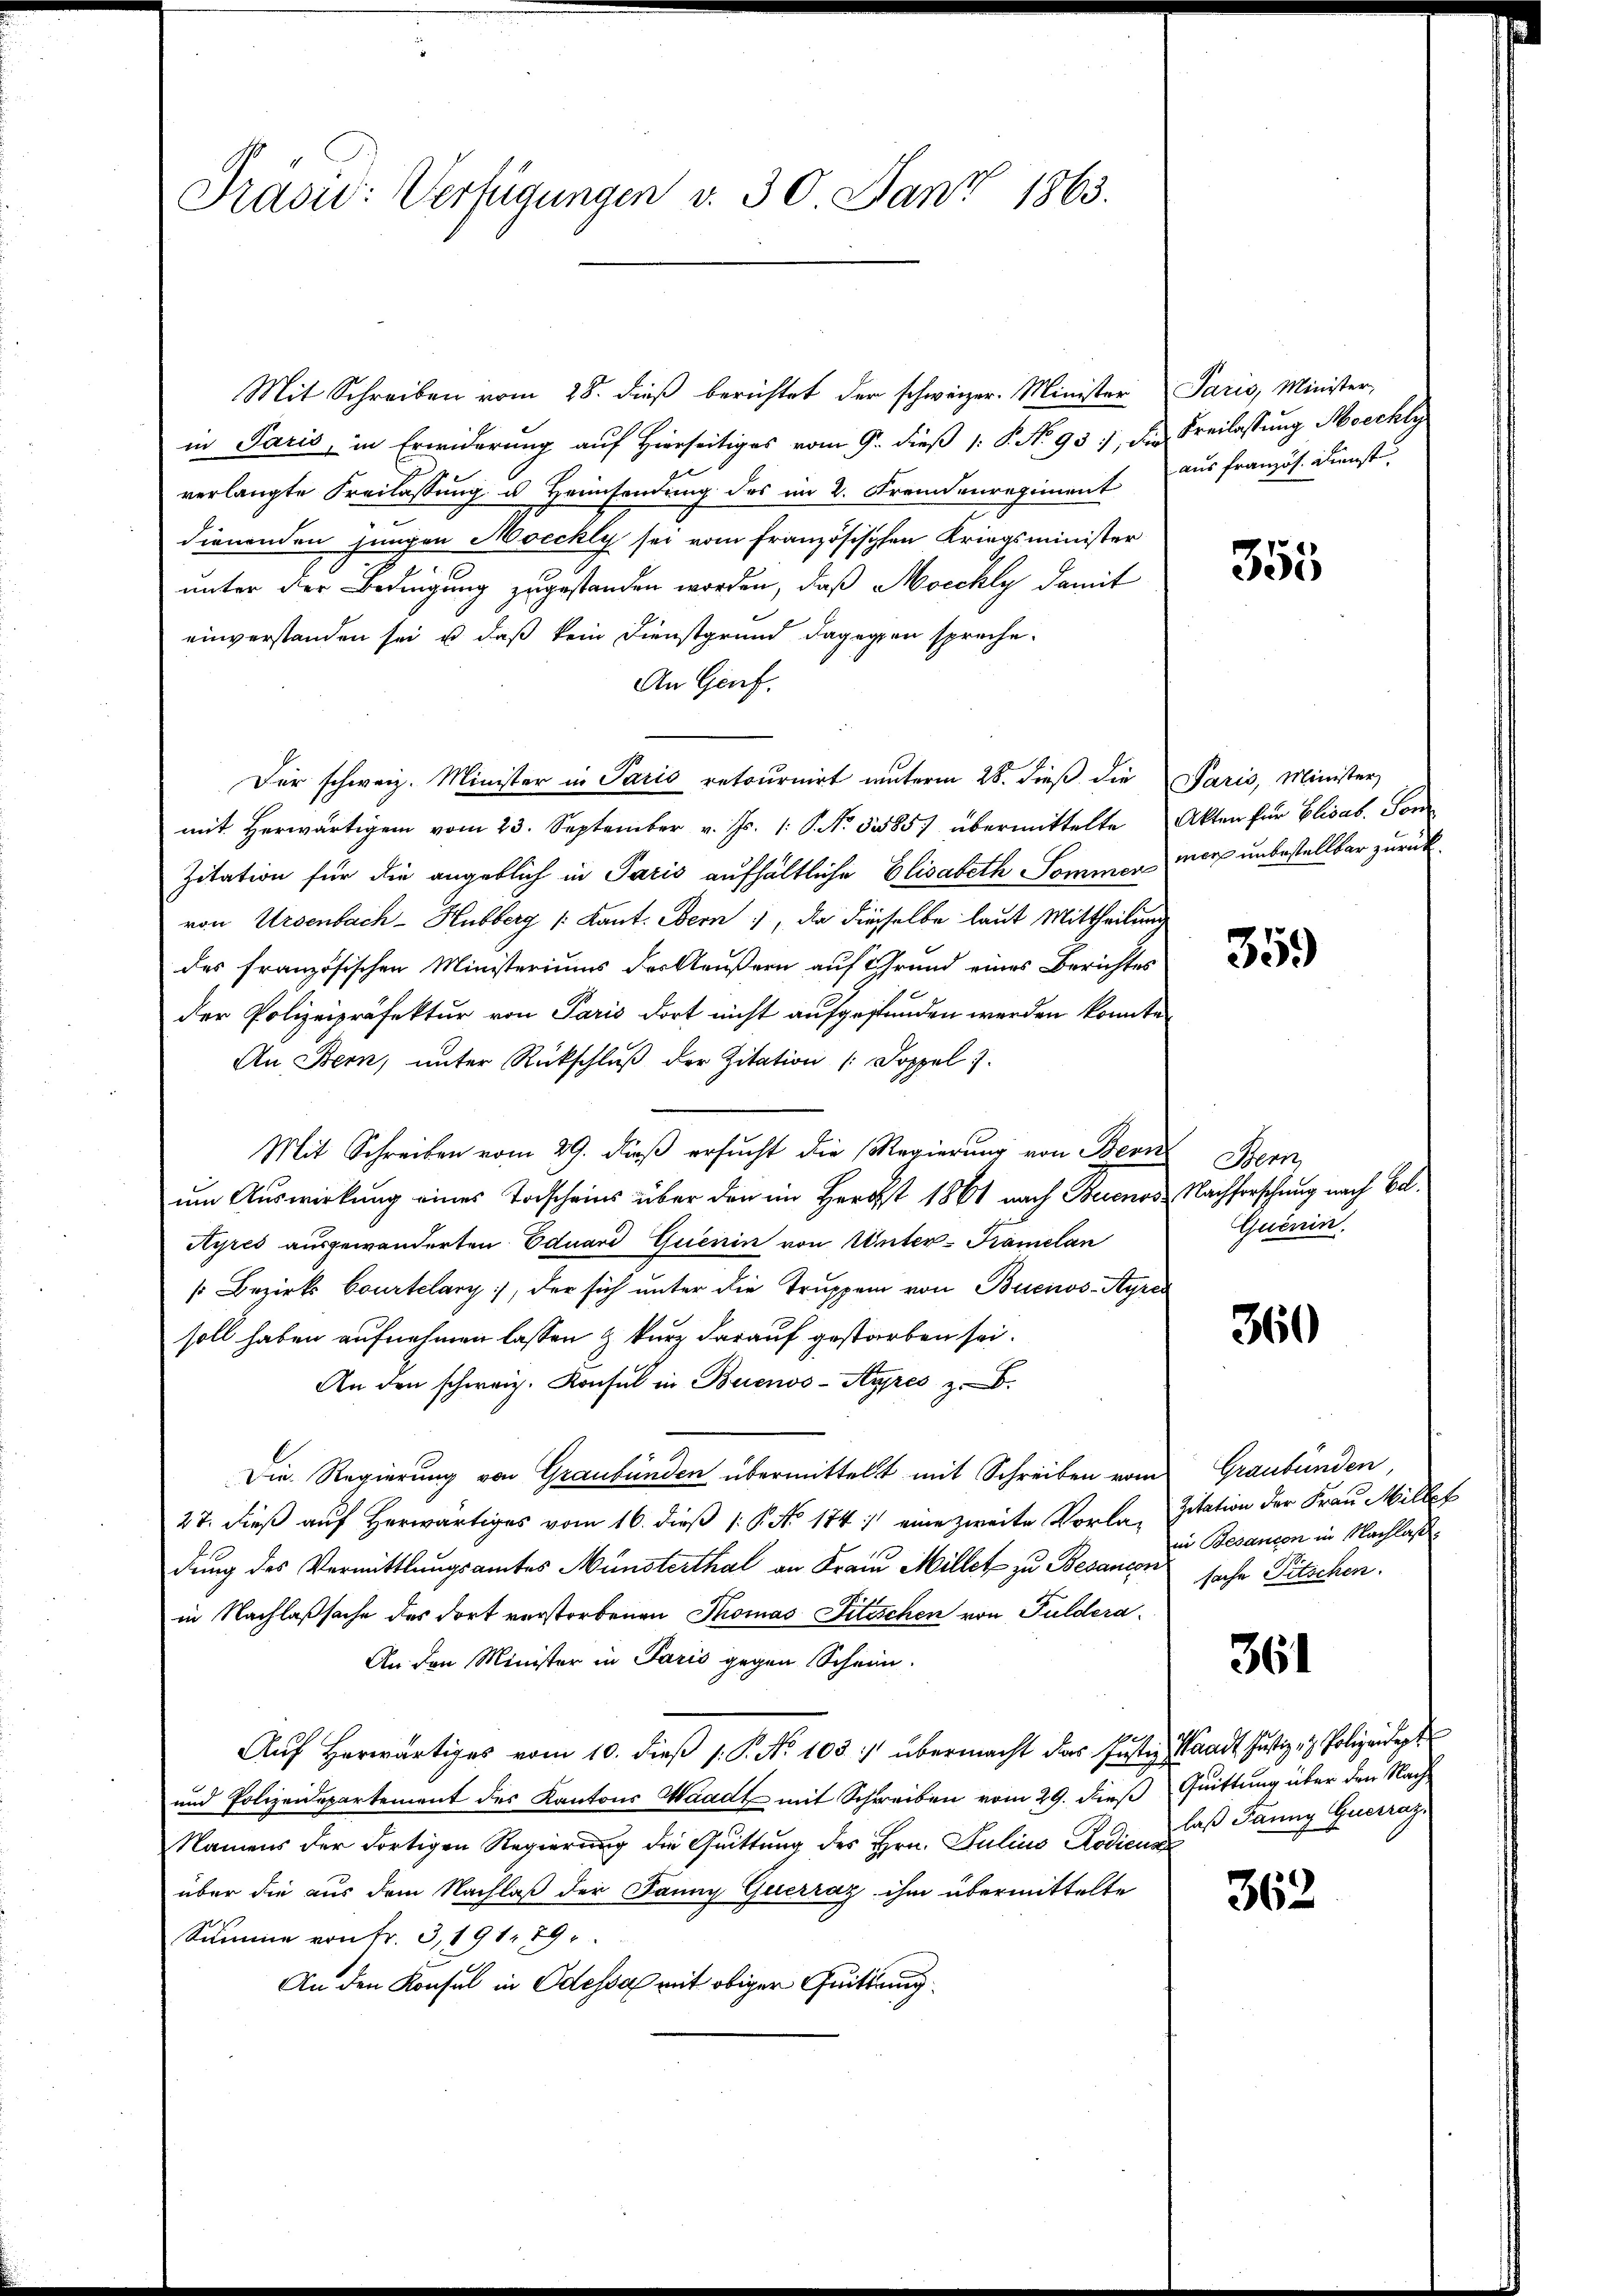
Präsid: Verfügungen v. 30 Janz 1863.

Mit Schreiben vom 28. dieβ berichtet der schweizer. Minister Paris, Minister,
in Paris, in Erwiderung auf Hierseitiges vom 9. dieß 1: P. No 937, die Freilassung Mecchly
verlangte Freilassung u. Heimsendung des im 2. Fremdenregiment aus französ. Dienst
dienenden jungen Mocchly sei vom Französischen Kriegsminister
unter der Bedingung zugestanden worden, daß Mocchly damit
einverstanden sei, u. daß kein Dienstgrund dagegen spreche.
An Genf,
Für schweiz. Minister in Paris retournirt unterm 28. dieß die Paris, Minister
mit herwärtigen vom 23. September v. Js. 1. No. 53885) übermittelte Akten für Elisab. Son
Zitation für die angeblich in Paris aufhältliche Elisabeth Sommen mers unbestellbar zurück
von Ursenbach-Hubberg /: Kant. Obern, da dieselbe laut Mittheilung
des französischen Ministeriums des Aeußern auf Grund eines Berichtes
der Polizeipräfektur von Paris dort nicht aufgestunden werden konnte.
An Bern, ŭnter Rückschlŭβ der Zitation (: Doppel 7.
Mit Schreiben vom 29. dieß ersucht die Regierung von Bern
um Auswirkung eines Todscheins über den im Herbst 1861 nach Buenos Nachforschung nach Bel¬
Ayres ausgewanderten Eduard Quenin von Unter-Framelan
s Bezirks Courtelary, der sich unter die Truppen von Buenos-Ayres
soll haben aufnehmen lassen & kurz darauf gestorben sei.
An den schweiz. Konsul in Buenos-Ayres z
Die Regierung von Graubünden übermittelst mit Schreiben vom
27. dieß auf Herwärtiges vom 16. dieß (: P. No 174 :/ eine zweite Vorla-
dung des Vermittlungsamtes Münsterthal an Frau Millet zu Besancen sache Pitschen.
in Nachlaßsache des dort verstorbenen Thomas Titischen von Guldera
An den Minister in Paris gegen Schein.
14
Aŭf herwärtiges vom 10. dieβ s.P. No 103 :/ übermacht das Justiz, Waadt Justiz- & Polizeidept
und Polizeidepartement des Kantons Waadt mit Schreiben vom 29. dieß Quittung über den Nach-
Namens der dortigen Regierung die Quittung des Hrn. Julius Rodiens
über die aus dem Nachlaß der Janny Querraz ihm übermittelte
Summe von Fr. 3, 191. 89
An den Konsul in Odessa mit obiger Quittung

355

359

Bern,
Quenin.

360

Graubünden,
Zitation der Frau Millet
in Besanion in Nachlaß.

361

laß Janny Guerrazi

362